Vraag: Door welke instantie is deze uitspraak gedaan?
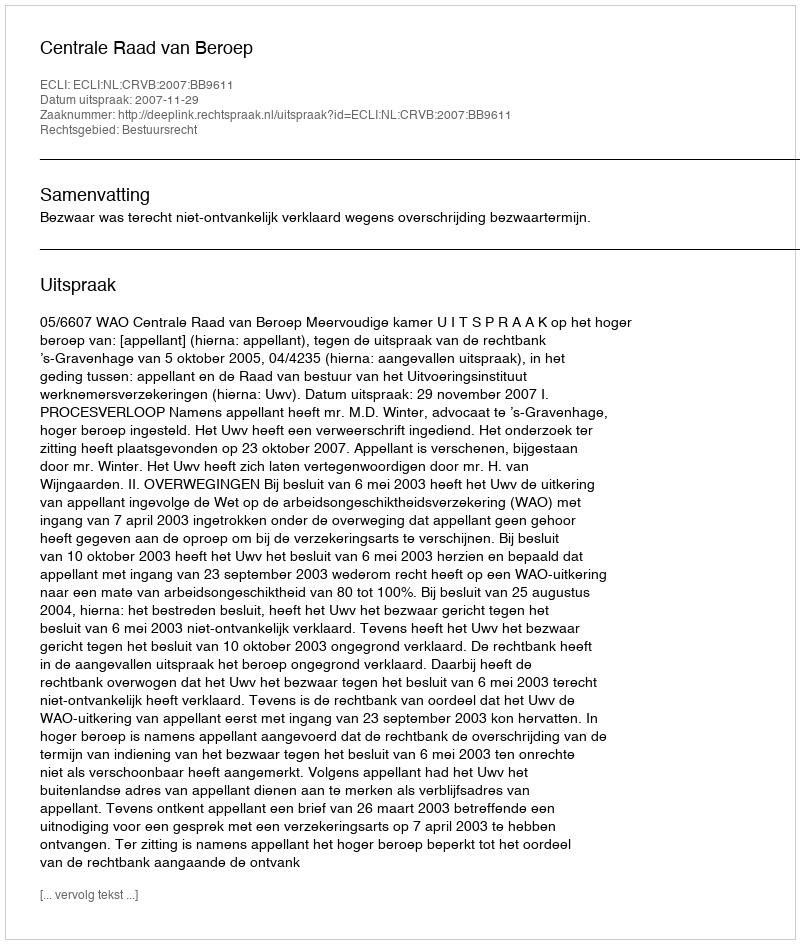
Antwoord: Centrale Raad van Beroep